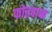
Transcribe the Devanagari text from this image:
फोरवाक